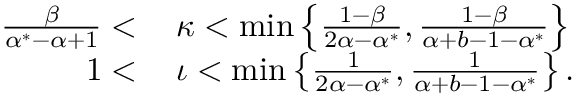
\begin{array} { r l } { \frac { \beta } { \alpha ^ { * } - \alpha + 1 } < \, } & { \kappa < \operatorname* { m i n } \left\{ \frac { 1 - \beta } { 2 \alpha - \alpha ^ { * } } , \frac { 1 - \beta } { \alpha + b - 1 - \alpha ^ { * } } \right\} } \\ { 1 < \, } & { \iota < \operatorname* { m i n } \left\{ \frac { 1 } { 2 \alpha - \alpha ^ { * } } , \frac { 1 } { \alpha + b - 1 - \alpha ^ { * } } \right\} . } \end{array}